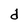
Character: d